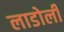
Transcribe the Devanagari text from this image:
लाडोली